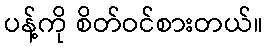
ပန့်ကို စိတ်ဝင်စားတယ်။